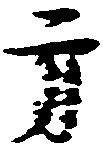
方